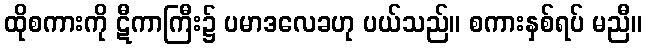
ထိုစကားကို ဋီကာကြီး၌ ပမာဒလေခဟု ပယ်သည်။ စကားနှစ်ရပ် မညီ။